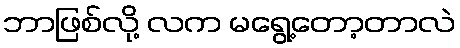
ဘာဖြစ်လို့ လက မရွေ့တော့တာလဲ